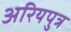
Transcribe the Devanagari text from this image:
अरियपुत्र